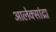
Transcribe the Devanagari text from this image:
आलेक्सांद्रा